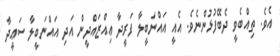
އެވެ. ތިއްބެވީ ދެބޭފުޅުންނެވެ. އެއީ އައްނަބީލާ ފަރީދާ ޢިއްޒައްދީން އަދި އައްނަބީލާ ސަޢީދާ